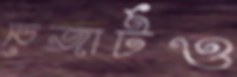
ডেজার্টও